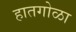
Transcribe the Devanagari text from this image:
हातगोळा